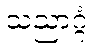
သညာဂ္ဂံ